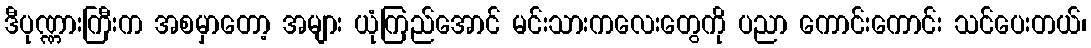
ဒီပုဏ္ဏားကြီးက အစမှာတော့ အများ ယုံကြည်အောင် မင်းသားကလေးတွေကို ပညာ ကောင်းကောင်း သင်ပေးတယ်၊